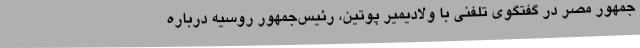
‌جمهور مصر در گفتگوی تلفنی با ولادیمیر پوتین، رئیس‌جمهور روسیه درباره